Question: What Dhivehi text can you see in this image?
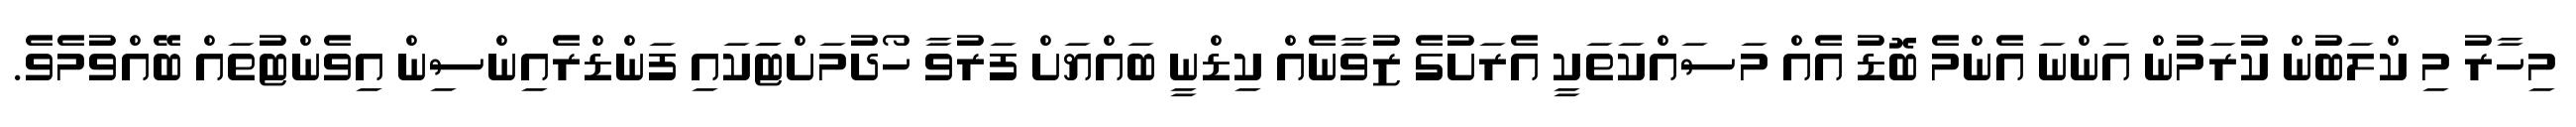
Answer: މިހާރު މި ކްލަބުން ކުރަމުން އަންނަ އެންމެ ބޮޑު އެއް މަސައްކަތަކީ އެރަށުގެ ޒުވާނެއް ކިޑްނީ ބައްޔަށް ފަރުވާ ހޯދުމަށްޓަަކައި ފަންޑްރެއިންސިން އިވެންޓުތައް ބޭއްވުމެވެ.